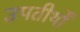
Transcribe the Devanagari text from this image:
उपतीर्थों